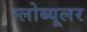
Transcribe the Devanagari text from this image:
ग्लोब्यूलर